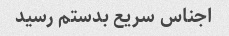
اجناس سریع بدستم رسید